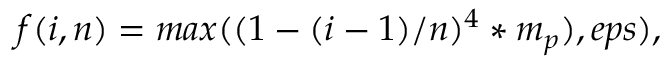
f ( i , n ) = m a x ( ( 1 - ( i - 1 ) / n ) ^ { 4 } * m _ { p } ) , e p s ) ,